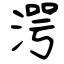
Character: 湂